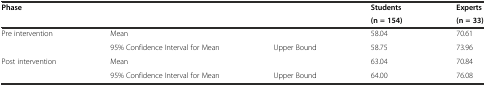
<table><thead><tr><td rowspan="2"><b>Phase</b></td><td rowspan="2" colspan="2"></td><td><b>Students</b></td><td><b>Experts</b></td></tr><tr><td><b>(n = 154)</b></td><td><b>(n = 33)</b></td></tr></thead><tbody><tr><td rowspan="2">Pre intervention</td><td colspan="2">Mean</td><td>58.04</td><td>70.61</td></tr><tr><td>95% Confidence Interval for Mean</td><td>Upper Bound</td><td>58.75</td><td>73.96</td></tr><tr><td rowspan="2">Post intervention</td><td colspan="2">Mean</td><td>63.04</td><td>70.84</td></tr><tr><td>95% Confidence Interval for Mean</td><td>Upper Bound</td><td>64.00</td><td>76.08</td></tr></tbody></table>